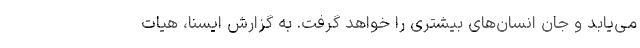
می‌یابد و جان انسان‌های بیشتری را خواهد گرفت. به گزارش ایسنا،‌ هیات